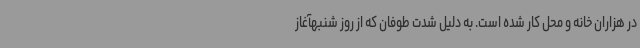
در هزاران خانه و محل کار شده است. به دلیل شدت طوفان که از روز شنبهآغاز